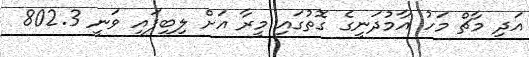
އަދި މާޗް މަހު އާމުދަނީގެ ގޮތުގައި މީރާ އަށް ލިބިފައި ވަނީ 802.3